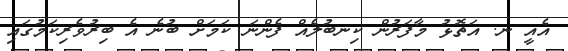
އެއީ ނ. އަތޮޅު މާފަރުން ކިނބުލެއް ފެންނަ ކަމަށް ބުނެ އެ ބިރުވެރިކަމުގައި